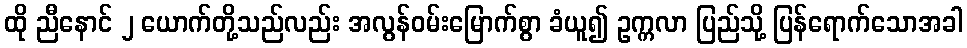
ထို ညီနောင် ၂ ယောက်တို့သည်လည်း အလွန်ဝမ်းမြောက်စွာ ခံယူ၍ ဥက္ကလာ ပြည်သို့ ပြန်ရောက်သောအခါ